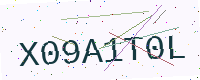
Text: X09A1T0L